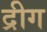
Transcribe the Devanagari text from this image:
द्रीग